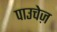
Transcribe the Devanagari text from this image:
पाउचेज़